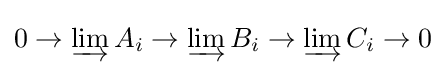
0\to \varinjlim A_{i}\to \varinjlim B_{i}\to \varinjlim C_{i}\to 0